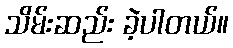
သိမ်းဆည်း ခဲ့ပါတယ်။